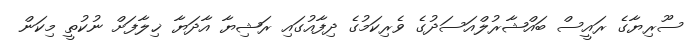
ސޫރިޔާގެ ރައީސް ބައްޝާރުލްއަސަދުގެ ވެރިކަމުގެ ދިފާއުގައި ރަޝިޔާ އާދަޔާ ޚިލާފަށް ނުކުތީ މިކަން